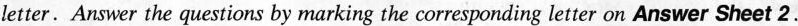
letter. Answer the questions by marking the corresponding letter on Answer Sheet 2.